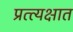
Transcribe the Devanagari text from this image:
प्रत्त्यक्षात